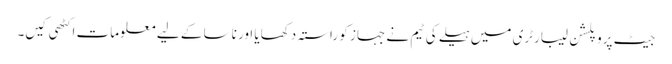
جیٹ پروپلشن لیبارٹری میں ہیلے کی ٹیم نے جہاز کو راستہ دکھایا اور ناسا کے لیے معلومات اکٹھی کیں۔